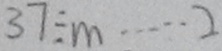
3 7 \div m \cdots 2